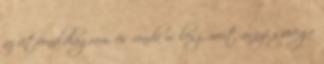
az útvonaldiagram, és ronda is lesz, mert annyi szövege